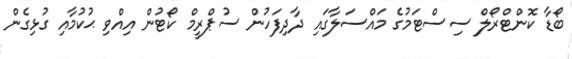
ބޯޑާ ކޮންޓްރޯލް ސިސްޓަމުގެ މައްސަލާގައި ދާދިފަހުން ސުޕްރީމް ކޯޓުން އިއްވި ޙުކުމާއި ގުޅިގެން